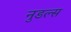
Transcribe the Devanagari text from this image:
नुडल्स